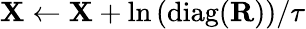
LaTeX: \mathbf{X}\gets\mathbf{X}+\ln\left(\mathrm{diag}(\mathbf{R})\right)/\tau